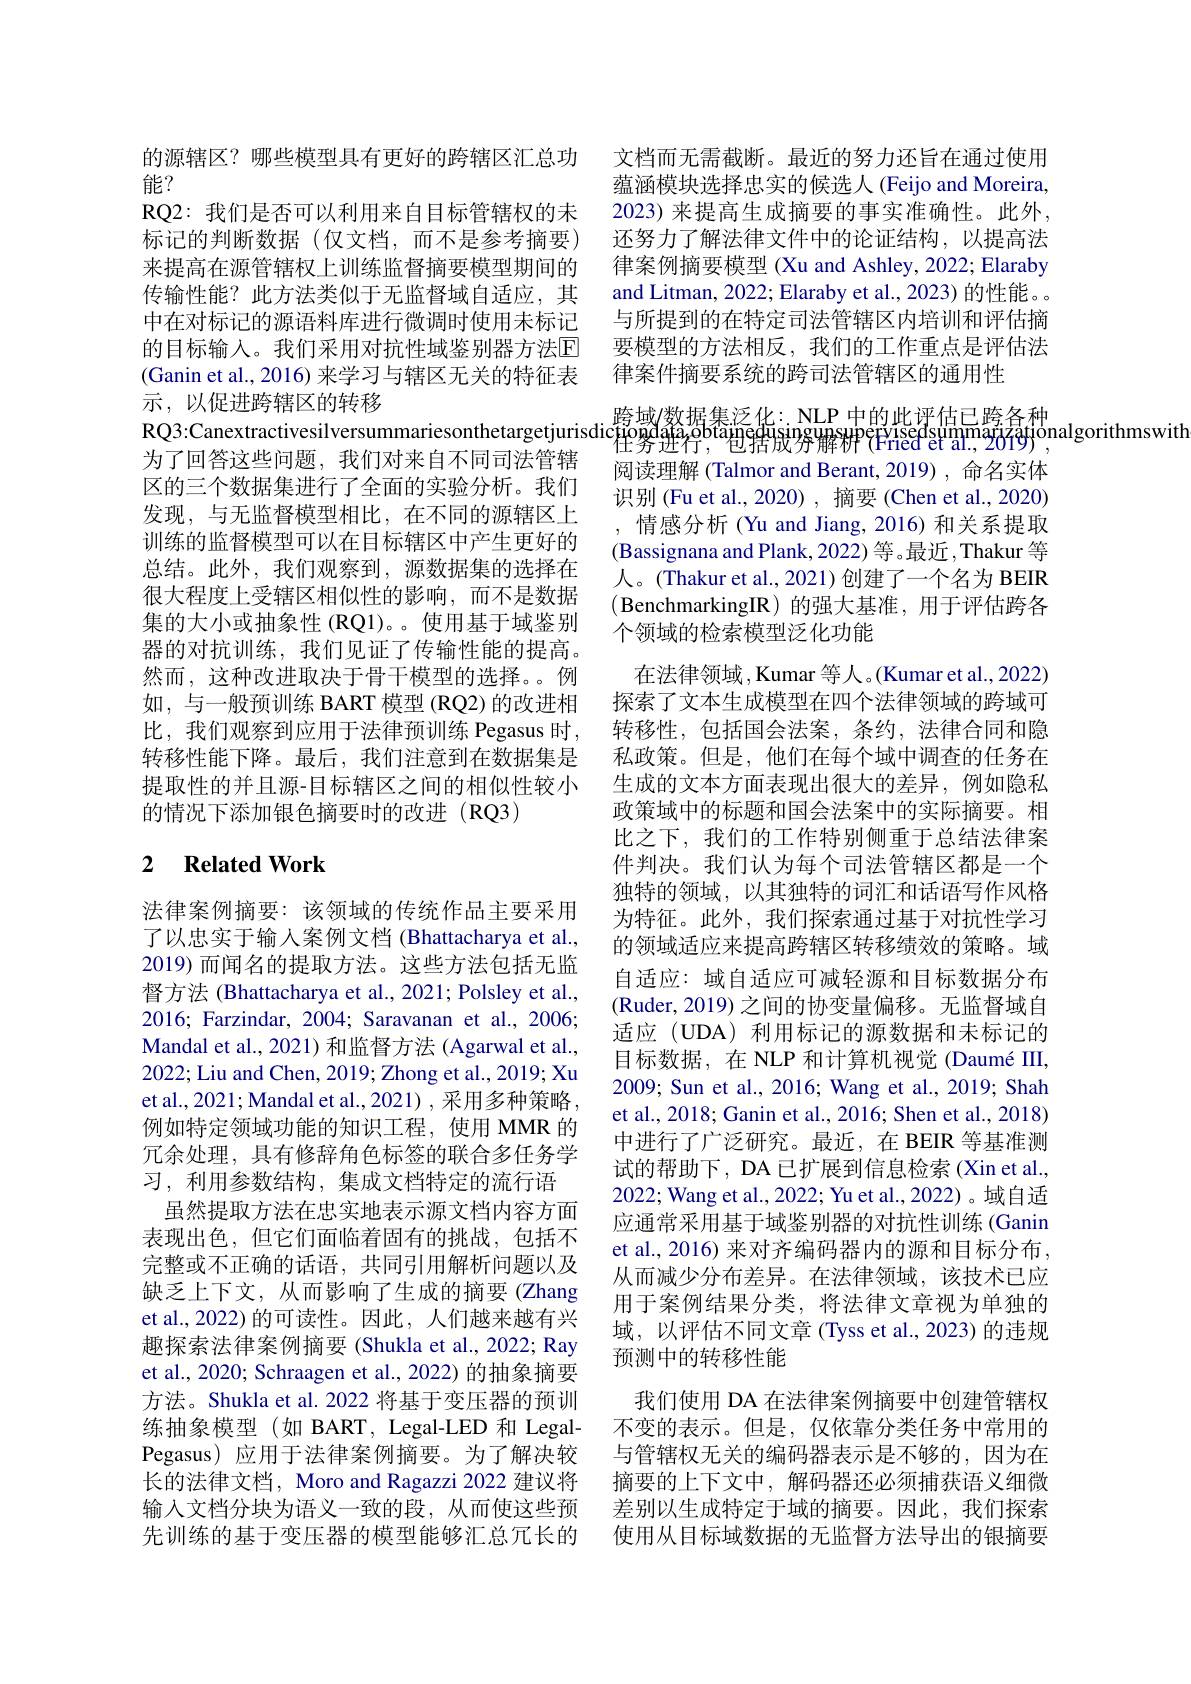
的源辖区？哪些模型具有更好的跨辖区汇总功
能？
RQ2: 我们是否可以利用来自目标管辖权的未标记的判断数据(仅文档，而不是参考摘要) 来提高在源管辖权上训练监督摘要模型期间的传输性能？此方法类似于无监督域自适应，其中在对标记的源语料库进行微调时使用未标记的目标输入。我们采用对抗性域鉴别器方法$\overline{\mathrm{E}}$ (Ganin et al., 2016) 来学习与辖区无关的特征表示，以促进跨辖区的转移
为了回答这些问题，我们对来自不同司法管辖区的三个数据集进行了全面的实验分析。我们发现，与无监督模型相比，在不同的源辖区上训练的监督模型可以在目标辖区中产生更好的总结。此外，我们观察到，源数据集的选择在很大程度上受辖区相似性的影响，而不是数据集的大小或抽象性 (RQ1)。。使用基于域鉴别器的对抗训练，我们见证了传输性能的提高。然而，这种改进取决于骨干模型的选择。。例如，与一般预训练 BART 模型 (RQ2) 的改进相比，我们观察到应用于法律预训练 Pegasus 时， 转移性能下降。最后，我们注意到在数据集是提取性的并且源-目标辖区之间的相似性较小的情况下添加银色摘要时的改进(RQ3)

# 2 Related Work

法律案例摘要：该领域的传统作品主要采用了以忠实于输人案例文档 (Bhattacharya et al., 2019)而闻名的提取方法。这些方法包括无监督方法 (Bhattacharya et al., 2021; Polsley et al., 2016; Farzindar, 2004; Saravanan et al., 2006; Mandal et al., 2021) 和监督方法 (Agarwal et al., 2022; Liu and Chen, 2019; Zhong et al., 2019; Xu et al., 2021; Mandal et al., 2021) , 采用多种策略， 例如特定领域功能的知识工程，使用 MMR 的冗余处理，具有修辞角色标签的联合多任务学习，利用参数结构，集成文档特定的流行语
虽然提取方法在忠实地表示源文档内容方面表现出色，但它们面临着固有的挑战，包括不完整或不正确的话语，共同引用解析问题以及缺乏上下文，从而影响了生成的摘要(Zhang et al.,2022)的可读性。因此，人们越来越有兴趣探索法律案例摘要 (Shukla et al., 2022; Ray et al., 2020; Schraagen et al., 2022) 的抽象摘要方法。Shukla et al. 2022 将基于变压器的预训练抽象模型(如 BART, Legal-LED 和 LegalPegasus) 应用于法律案例摘要。为了解决较长的法律文档，Moro and Ragazzi 2022 建议将输入文档分块为语义一致的段，从而使这些预先训练的基于变压器的模型能够汇总冗长的

文档而无需截断。最近的努力还旨在通过使用蕴涵模块选择忠实的候选人 (Feijo and Moreira, 2023) 来提高生成摘要的事实准确性。此外， 还努力了解法律文件中的论证结构，以提高法律案例摘要模型 (Xu and Ashley, 2022; Elaraby and Litman, 2022; Elaraby et al., 2023) 的性能。。与所提到的在特定司法管辖区内培训和评估摘要模型的方法相反，我们的工作重点是评估法律案件摘要系统的跨司法管辖区的通用性
跨域/数据集泛化：NLP 中的此评估已跨各种阅读理解 (Talmor and Berant, 2019) , 命名实体识别 (Fu et al., 2020) , 摘要 (Chen et al., 2020) ,情感分析(Yu and Jiang, 2016) 和关系提取(Bassignana and Plank, 2022) 等。最近，Thakur 等人。(Thakur et al., 2021) 创建了一个名为 BEIR (BenchmarkingIR)的强大基准，用于评估跨各个领域的检索模型泛化功能
在法律领域，Kumar 等人。(Kumar et al.,2022) 探索了文本生成模型在四个法律领域的跨域可转移性，包括国会法案，条约，法律合同和隐私政策。但是，他们在每个域中调查的任务在生成的文本方面表现出很大的差异，例如隐私政策域中的标题和国会法案中的实际摘要。相比之下，我们的工作特别侧重于总结法律案件判决。我们认为每个司法管辖区都是一个独特的领域，以其独特的词汇和话语写作风格为特征。此外，我们探索通过基于对抗性学习的领域适应来提高跨辖区转移绩效的策略。域自适应：域自适应可减轻源和目标数据分布(Ruder,2019)之间的协变量偏移。无监督域自适应(UDA) 利用标记的源数据和未标记的目标数据，在 NLP 和计算机视觉(Daumé III, 2009; Sun et al., 2016; Wang et al., 2019; Shah et al., 2018; Ganin et al., 2016; Shen et al., 2018) 中进行了广泛研究。最近，在 BEIR 等基准测试的帮助下，DA 已扩展到信息检索 (Xin et al., 2022; Wang et al., 2022; Yu et al., 2022)。域自适应通常采用基于域鉴别器的对抗性训练 (Ganin et al., 2016) 来对齐编码器内的源和目标分布， 从而减少分布差异。在法律领域，该技术已应用于案例结果分类，将法律文章视为单独的域，以评估不同文章 (Tyss et al., 2023) 的违规预测中的转移性能
我们使用 DA 在法律案例摘要中创建管辖权不变的表示。但是，仅依靠分类任务中常用的与管辖权无关的编码器表示是不够的，因为在摘要的上下文中，解码器还必须捕获语义细微差别以生成特定于域的摘要。因此，我们探索使用从目标域数据的无监督方法导出的银摘要